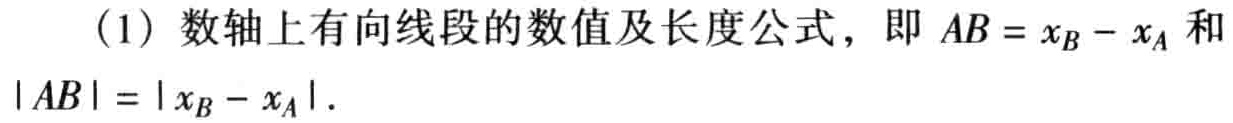
（1）数轴上有向线段的数值及长度公式，即 \(AB = x_B - x_A\) 和 \(|AB| = |x_B - x_A|\)。